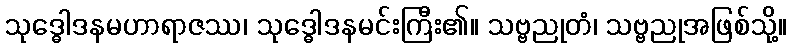
သုဒ္ဓေါဒနမဟာရာဇဿ၊ သုဒ္ဓေါဒနမင်းကြီး၏။ သဗ္ဗညုတံ၊ သဗ္ဗညုအဖြစ်သို့။